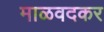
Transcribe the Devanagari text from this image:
माळवदकर